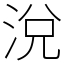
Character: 涗